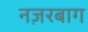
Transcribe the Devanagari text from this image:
नज़रबाग